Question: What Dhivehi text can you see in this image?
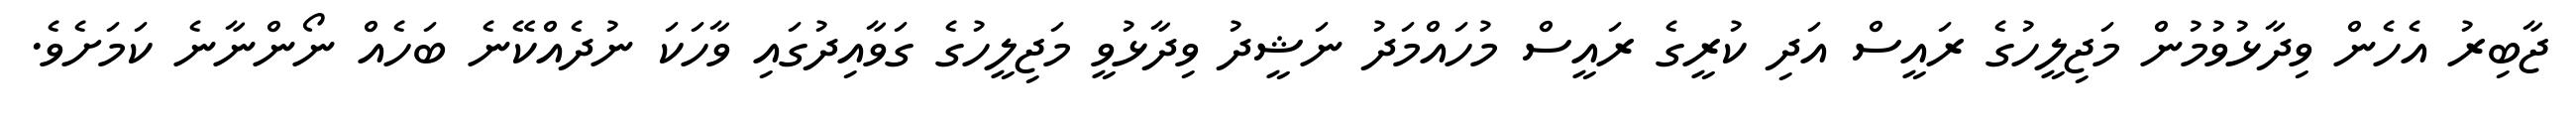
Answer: ޖާބިރު އެހެން ވިދާޅުވުމުން މަޖިލީހުގެ ރައީސް އަދި ކުރީގެ ރައީސް މުހައްމަދު ނަޝީދު ވިދާޅުވީ މަޖިލީހުގެ ގަވާއިދުގައި ވާހަކަ ނުދެއްކޭނެ ބަހެއް ނޯންނާނެ ކަމަށެވެ.